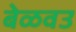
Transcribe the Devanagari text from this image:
बेळवउ